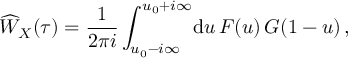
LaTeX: \widehat W _ { X } ( \tau ) = \frac { 1 } { 2 \pi i } \int _ { u _ { 0 } - i \infty } ^ { u _ { 0 } + i \infty } \! \mathrm { d } u \, { \cal F } ( u ) \, { \cal G } ( 1 - u ) \, ,